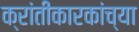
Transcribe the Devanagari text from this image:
क्रांतीकारकांच्या